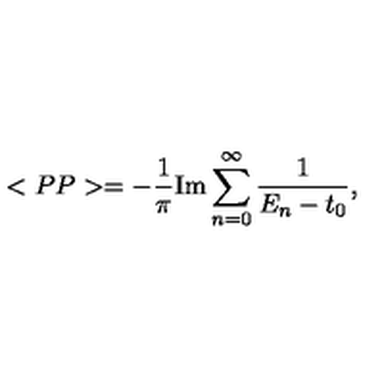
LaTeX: < P P > = - \frac { 1 } { \pi } \mathrm { I m } \sum _ { n = 0 } ^ { \infty } \frac { 1 } { E _ { n } - t _ { 0 } } ,